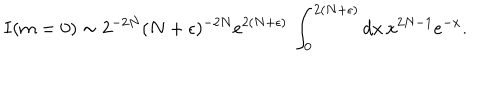
I ( m = 0 ) \sim 2 ^ { - 2 N } ( N + \epsilon ) ^ { - 2 N } e ^ { 2 ( N + \epsilon ) } \, \int _ { 0 } ^ { 2 ( N + \epsilon ) } d x \, x ^ { 2 N - 1 } e ^ { - x } .